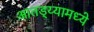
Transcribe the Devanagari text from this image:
आतड्य्यामध्ये